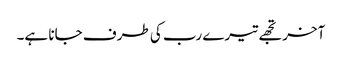
آخر تجھے تیرے رب کی طرف جانا ہے۔